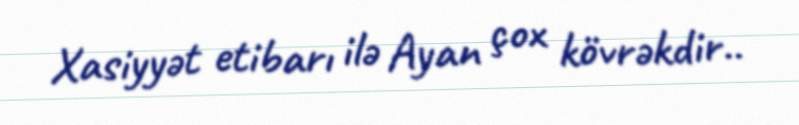
Xasiyyət etibarı ilə Ayan çox kövrəkdir..